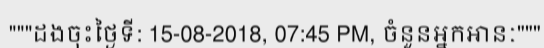
"""ដងចុះថ្ងៃទី: 15-08-2018, 07:45 PM, ចំនួនអ្នកអានៈ"""